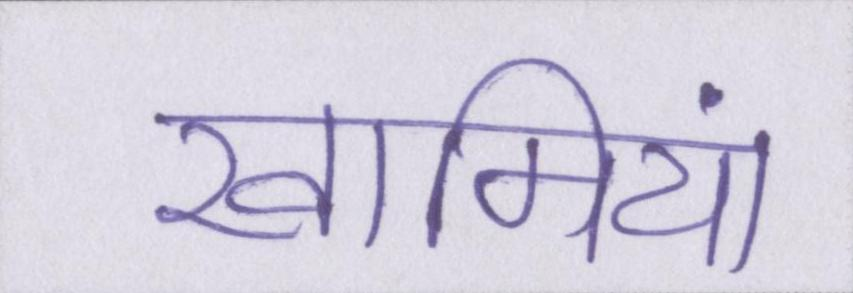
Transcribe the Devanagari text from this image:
खामियां